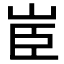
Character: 𦣟